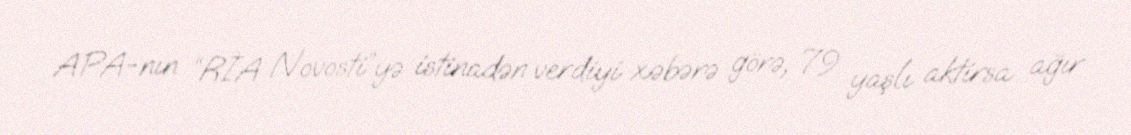
APA-nın “RİA Novosti”yə istinadən verdiyi xəbərə görə, 79 yaşlı aktirsa ağır